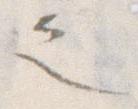
之